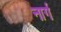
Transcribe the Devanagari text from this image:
नार्ग